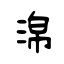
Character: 淿